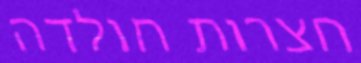
חצרות חולדה